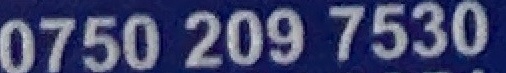
0750 209 7530